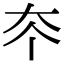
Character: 𡗟